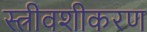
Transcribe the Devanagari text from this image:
स्त्रीवशीकरण